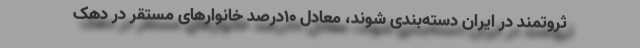
ثروتمند در ایران دسته‌بندی شوند، معادل ۱۰درصد خانوارهای مستقر در دهک